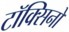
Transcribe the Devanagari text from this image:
टॉक्सिनों